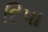
દિપા